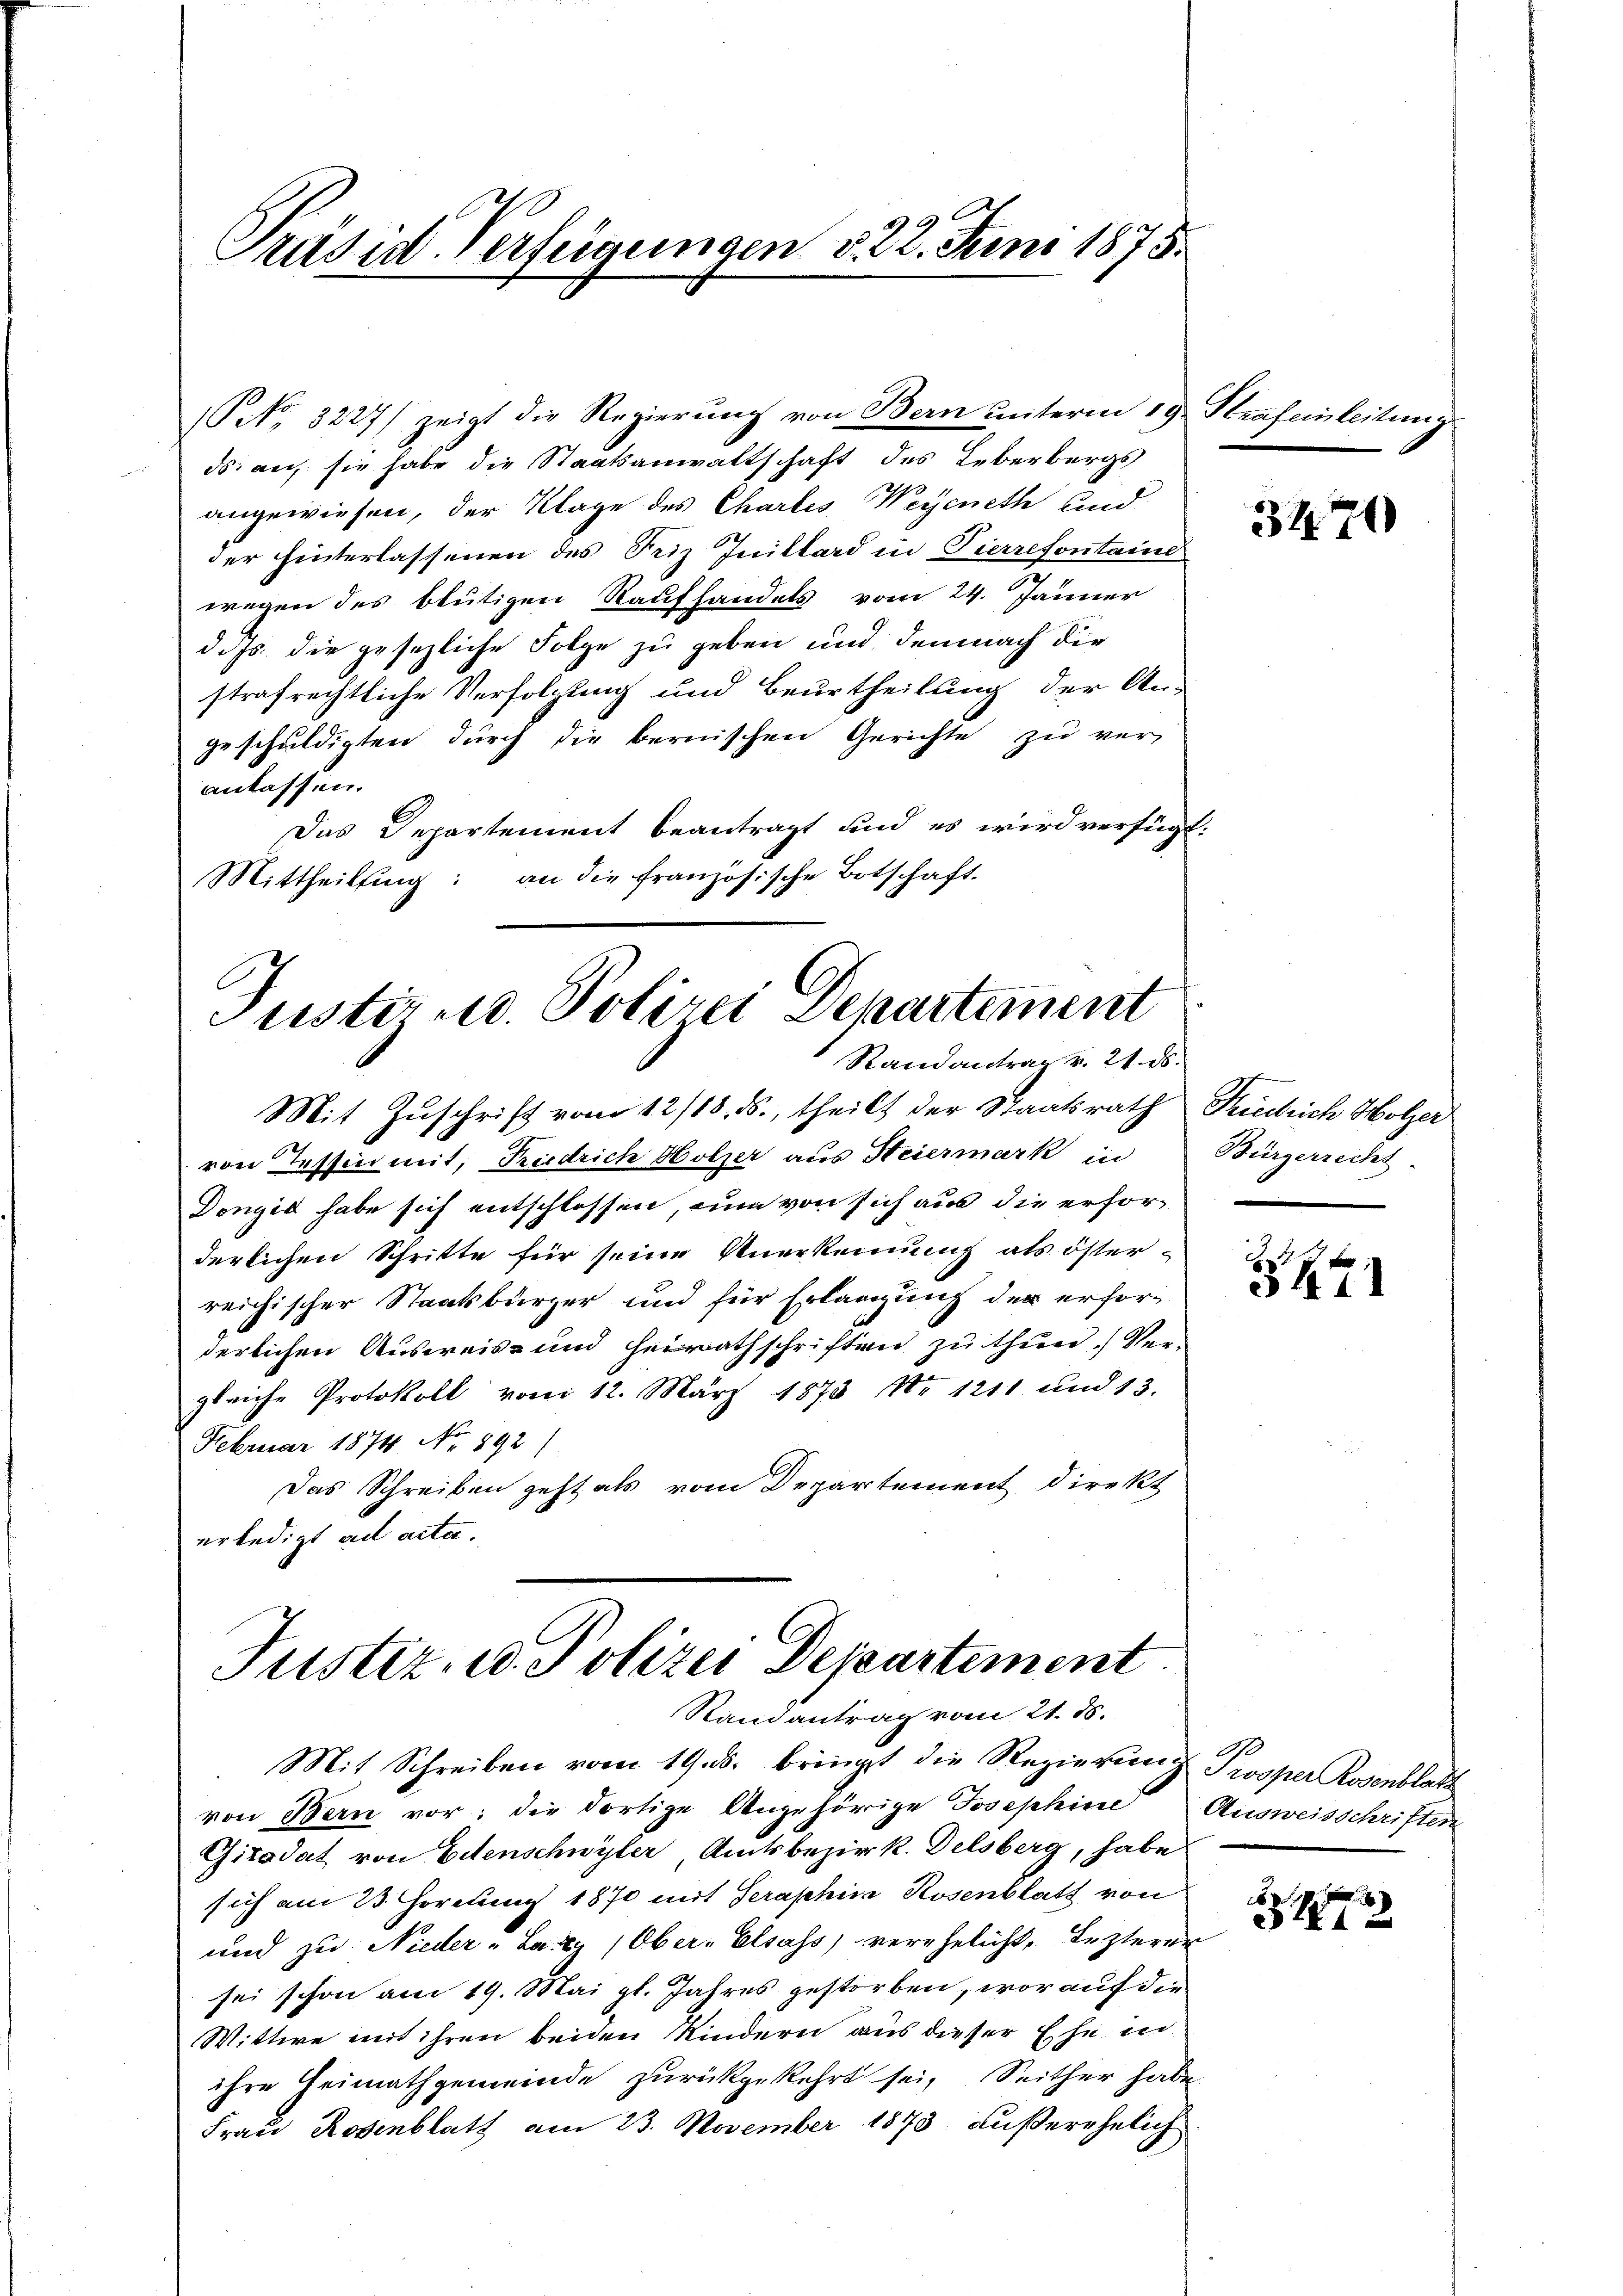
Präsid. Verfeigungen d. 22. Juni 1875.

(No. 3227/ zeigt die Regierung von Bern unterm 19. Strafeinleitung
ds. auf sie habe die Staatsanwaltschaft des Leberbergs
angewiesen, der Klage des Chartes Wegeneth und
der hinterlassenen des Friz Initlard in Pierrefontaind
wegen des blutigen Raufhandels vom 24. Jänner
d. Js. die gesezliche Folge zu geben und demnach die
strafrechtliche Verfolgung und Beurtheilung der An-
geschuldigten durch die bernischen Gerichte zu ver-
anlassen.
Das Departement beantragt und es wird verfügt:
Mittheilung: an die französische Botschaft.

Justiz u. Polizei Departement
Randantrag v. 21. ds.

Mit Zuschrift vom 12/18. ds., theilt der Staatsrath Riedrich Holzer
von Tessin mit, Riedrich Holzer aus Heiermark in
Dongis habe sich entschlossen, nun von sich aus die erforderlichen Schritte für seine Anerkennung als öster-
reichischer Staatsbürger und für Erlangung der erforderlichen Ausweis- und heirathschriften zu thun. Ver-
gleiche Protokoll vom 12. März 1873 No 1211. und 13.
Februar 1874. No 892)
Das Schreiben geht als vom Departement direkt
erledigt ad acta.

Justiz- u. Polizei Departement
Randantrag vom 21. 18.

Mit Schreiben vom 19. ds. bringt die Regierung Troper Rosenblatt
von Bern vor; die dortige Angehörige Josephine Ausweisschriften
Gitodat von Edenschwyler Amtsbezirk. Delsberg, habe
sich am 23. Hortung 1870 mit Terashin Rosenblatt von
und zu Nieder "Lazy (Ober-Elsass verehelicht, Lezterer
sei schon am 19. Mai gl. Jahres gestorben, worauf die
Wittwe mit ihren beiden Kindern aus dieser Ehe in
ihre Heimathgemeinde zurückgekehrt sei, Seither habe
Frau Rosenblatt am 23. November 1873 außerehelich

3470

Bürgerrecht

341

10

512